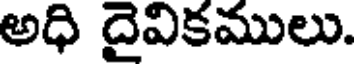
అధి దైవికములు.